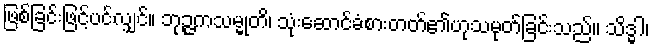
ဖြစ်ခြင်းဖြင့်ပင်လျှင်။ ဘုဉ္ဇကသမ္မုတိ၊ သုံးဆောင်ခံစားတတ်၏ဟုသမုတ်ခြင်းသည်။ သိဒ္ဓါ၊